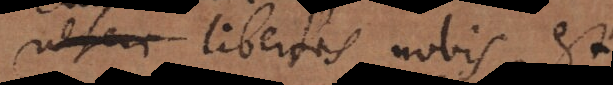
libertas nobis est